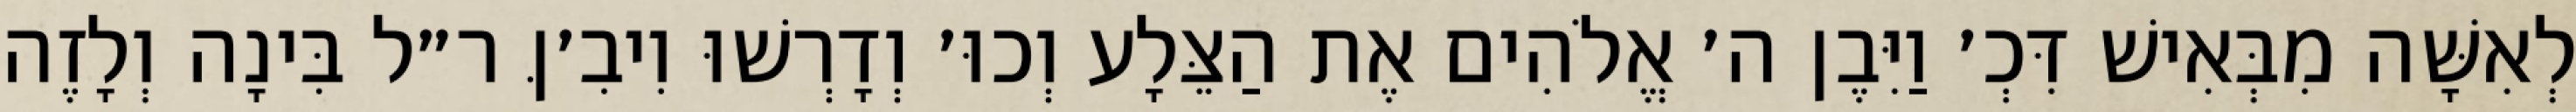
לְאִשָּׁה מִבְּאִישׁ דִּכְ׳ וַיִּבֶן ה׳ אֱלֹהִים אֶת הַצֵּלָע וְכוּ׳ וְדָרְשׁוּ וִיבִ׳ןּ ר״ל בִּינָה וְלָזֶה